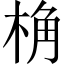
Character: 桷